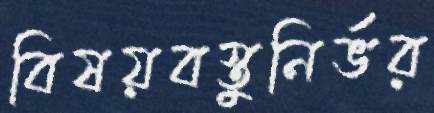
বিষয়বস্তুনির্ভর